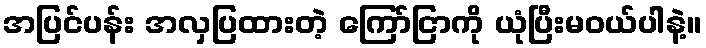
အပြင်ပန်း အလှပြထားတဲ့ ကြော်ငြာကို ယုံပြီးမဝယ်ပါနဲ့။